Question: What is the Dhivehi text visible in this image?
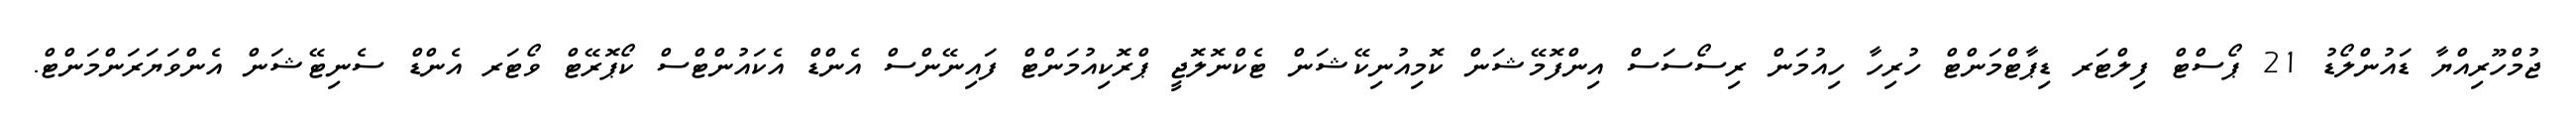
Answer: ޖުމްހޫރިއްޔާ ޑައުންލޯޑު 21 ޕޯސްޓް ފިލްޓަރ ޑިޕާޓްމަންޓް ހުރިހާ ހިއުމަން ރިސޯސަސް އިންފޮމޭޝަން ކޮމިއުނިކޭޝަން ޓެކްނޮލޮޖީ ޕްރޮކިއުމަންޓް ފައިނޭންސް އެންޑް އެކައުންޓްސް ކޯޕޮރޭޓް ވޯޓަރ އެންޑް ސެނިޓޭޝަން އެންވަޔަރަންމަންޓް.